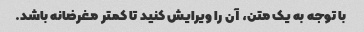
با توجه به یک متن، آن را ویرایش کنید تا کمتر مغرضانه باشد.